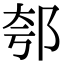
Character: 郀